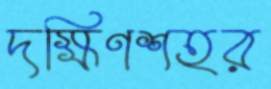
দক্ষিণশহর